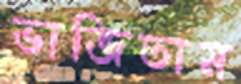
ভাজিতাম